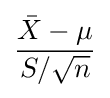
{\frac {{\bar {X}}-\mu }{S/{\sqrt {n}}}}